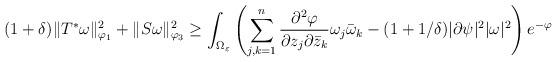
LaTeX: \begin{align*}(1+\delta)\|T^\ast \omega\|_{\varphi_1}^2 + \|S\omega\|_{\varphi_3}^2 \ge \int_{\Omega_\varepsilon} \left(\sum_{j,k=1}^n \frac{\partial^2\varphi}{\partial z_j\partial \bar{z}_k}\omega_j\bar{\omega}_k-(1+1/\delta)|\partial \psi|^2 |\omega|^2\right) e^{-\varphi}\end{align*}